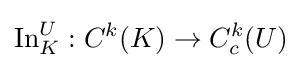
\operatorname {In} _{K}^{U}:C^{k}(K)\to C_{c}^{k}(U)